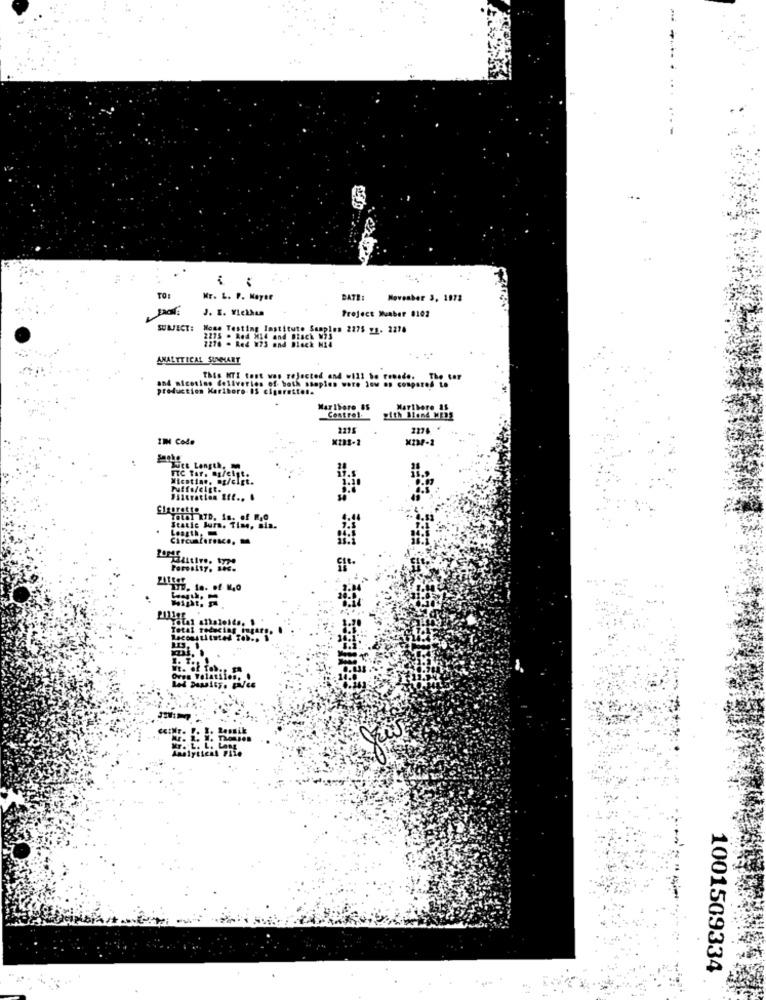
-
Mr. L. P. Neyse
DATE:
November 3, 1972
J. K. VIekhun
Preject Muaber 0102
SUBJECT:
Moms Testing Institute Samples 2275 y5. 2278
2275 . Red Mi4 and Black M7S
7276 . Red W73 and Black N24
ANALYTICAL SUMMARY
This KTI tont was rejected and will be renade. The ter
The ter
and nicotine deliveries of both samples wore low as compared to
production Kariboro 05 cigarette !.
Mar Ibere 85
Contre !.
with Stand MERS
2215
2224
11H Colo
KIP-2
Witt Length. M
Wicstian, og/clet.
Puffs/cigt.
Sigarette
Peres
Filter
1001509334